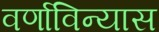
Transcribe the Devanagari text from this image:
वर्णाविन्यास